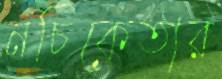
নচিকেতার